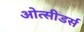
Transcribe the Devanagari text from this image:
ओत्सीडर्स